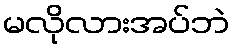
မလိုလားအပ်ဘဲ